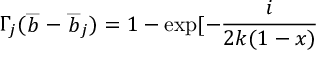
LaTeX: \Gamma _ { j } ( \stackrel { \_ } { b } - \stackrel { \_ } { b } _ { j } ) = 1 - \exp [ - \frac { i } { 2 k ( 1 - x ) }